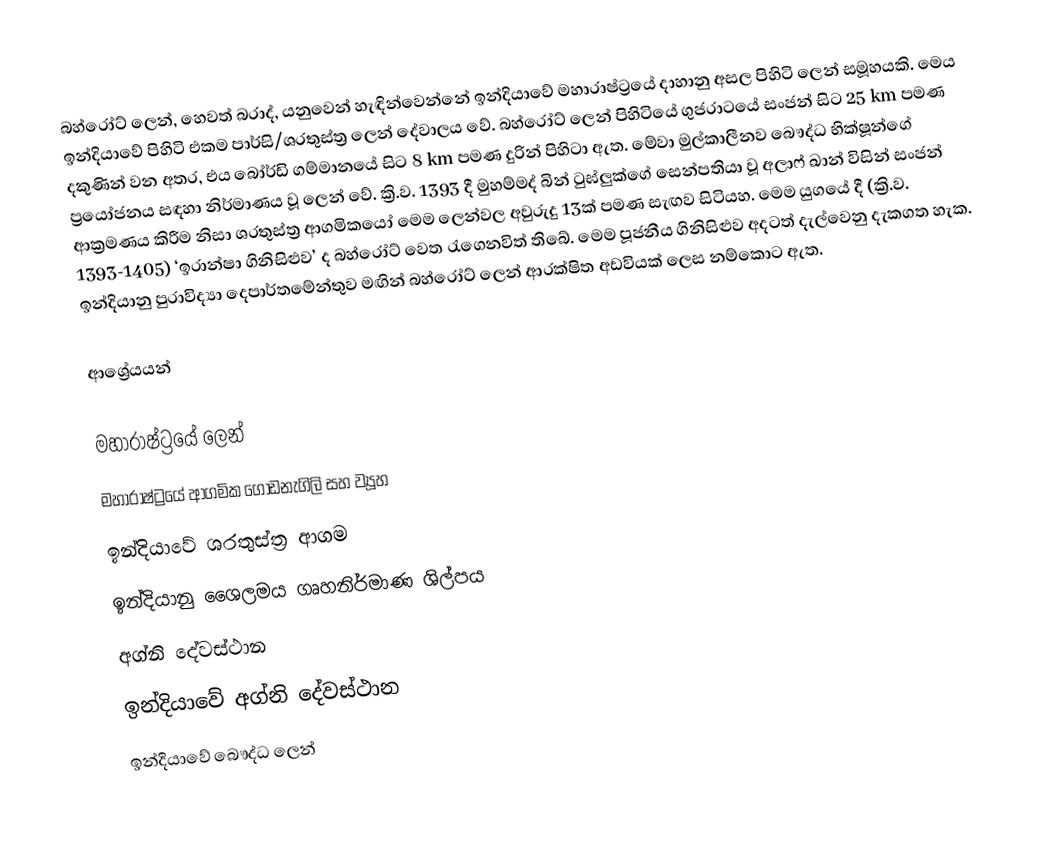
බහ්රෝට් ලෙන්, හෙවත් බරාද්, ‍යනුවෙන් හැඳින්වෙන්නේ ඉන්දියාවේ මහාරාෂ්ට්‍රයේ දාහානු අසල පිහිටි ලෙන් සමූහයකි. මෙය ඉන්දියාවේ පිහිටි එකම පාර්සි/ශරතුස්ත්‍ර ලෙන් දේවාලය වේ. බහ්රෝට් ලෙන් පිහිටියේ ගුජරාටයේ සංජන් සිට 25 km පමණ දකුණින් වන අතර, එය බෝර්ඩි ගම්මානයේ සිට 8 km පමණ දුරින් පිහිටා ඇත. මේවා මුල්කාලීනව බෞද්ධ භික්ෂූන්ගේ ප්‍රයෝජනය සඳහා නිර්මාණය වූ ලෙන් වේ. ක්‍රි.ව. 1393 දී මුහම්මද් බින් ටුඝ්ලුක්ගේ සෙන්පතියා වූ අලාෆ් ඛාන් විසින් සංජන් ආක්‍රමණය කිරීම නිසා ශරතුස්ත්‍ර ආගමිකයෝ මෙම ලෙන්වල අවුරුදු 13ක් පමණ සැඟව සිටියහ. මෙම යුගයේ දී (ක්‍රි.ව. 1393-1405) ‘ඉරාන්ෂා ගිනිසිළුව’ ද බහ්රෝට් වෙත රැගෙනවිත් තිබේ. මෙම පූජනීය ගිනිසිළුව අදටත් දැල්වෙනු දැකගත හැක. ඉන්දියානු පුරාවිද්‍යා දෙපාර්තමේන්තුව මඟින් බහ්රෝට් ලෙන් ආරක්ෂිත අඩවියක් ලෙස නම්කොට ඇත.

ආශ්‍රේයයන්

මහාරාෂ්ට්‍රයේ ලෙන්
මහාරාෂ්ට්‍රයේ ආගමික ගොඩනැගිලි සහ ව්‍යූහ
ඉන්දියාවේ ශරතුස්ත්‍ර ආගම
ඉන්දියානු ශෛලමය ගෘහනිර්මාණ ශිල්පය
අග්නි දේවස්ථාන
ඉන්දියාවේ අග්නි දේවස්ථාන
ඉන්දියාවේ බෞද්ධ ලෙන්